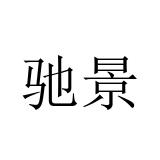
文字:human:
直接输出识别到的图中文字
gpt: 驰景